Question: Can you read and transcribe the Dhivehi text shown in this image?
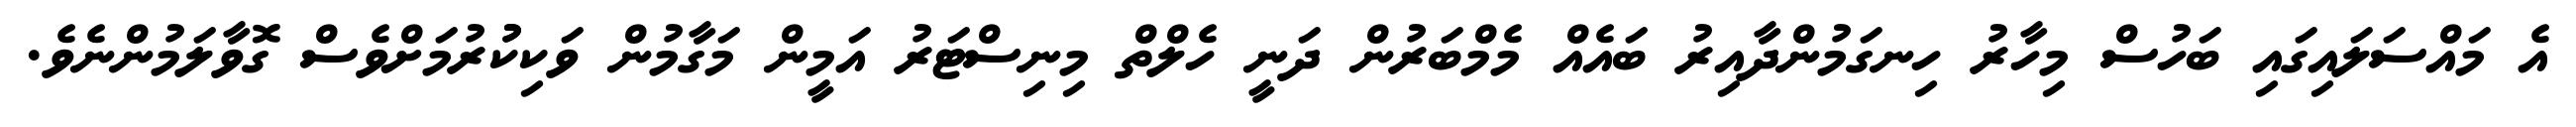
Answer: އެ މައްސަލައިގައި ބަހުސް މިހާރު ހިނގަމުންދާއިރު ބައެއް މެމްބަރުން ދަނީ ހެލްތް މިނިސްޓަރު އަމީން މަގާމުން ވަކިކުުރުމަށްވެސް ގޮވާލަމުންނެވެ.